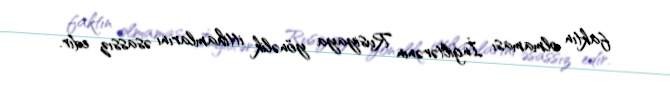
faktın olmaması İngiltərənin Rusiyaya yönəlik ittihamlarını əsassız edır.